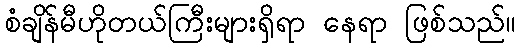
စံချိန်မီဟိုတယ်ကြီးများရှိရာ နေရာ ဖြစ်သည်။